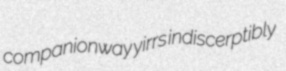
companionway yirrs indiscerptibly